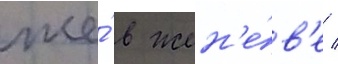
же́ в жен'е́в'е /